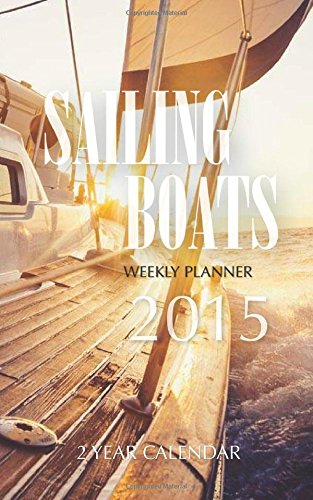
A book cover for Sailing Boats Weekly Planner 2015: 2 Year Calendar; James Bates; Calendars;